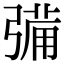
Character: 㣁